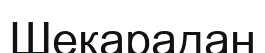
Шекарадан